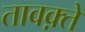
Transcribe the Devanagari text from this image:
तावक़्ते